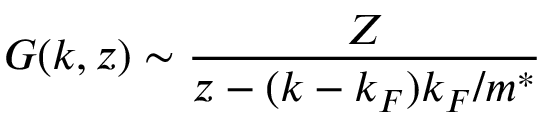
G ( k , z ) \sim \frac { Z } { z - ( k - k _ { F } ) k _ { F } / m ^ { * } }